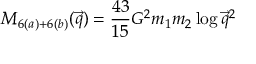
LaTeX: M _ { 6 ( a ) + 6 ( b ) } ( \vec { q } ) = { \frac { 4 3 } { 1 5 } } G ^ { 2 } m _ { 1 } m _ { 2 } \log \vec { q } ^ { 2 }